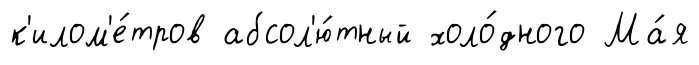
к'илом'е́тров абсол'ю́тный холо́дного Ма́я